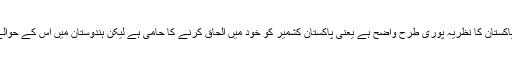
جواب - مسئلہ کشمیر کے بارے میں پاکستان کا نظریہ پوری طرح واضح ہے یعنی پاکستان کشمیر کو خود میں الحاق کرنے کا حامی ہے لیکن ہندوستان میں اس کے حوالے سے متعدد نظریات پائے جاتے ہیں۔